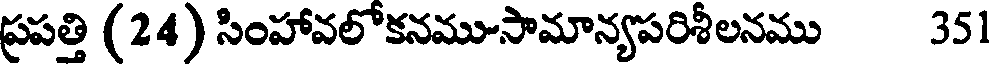
ప్రపత్తి (24) సింహావలోకనము-సామాన్యపరిశీలనము 351